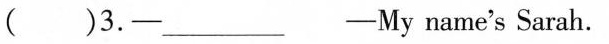
( )3.-___ -My name's Sarah.